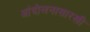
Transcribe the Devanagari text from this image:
आंदोलनासारखी